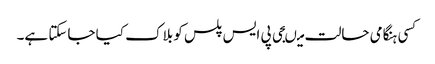
کسی ہنگامی حالت میںجی پی ایس پلس کو بلاک کیا جاسکتا ہے۔